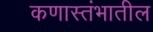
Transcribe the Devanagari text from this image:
कणास्तंभातील